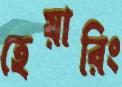
হেয়ারিং